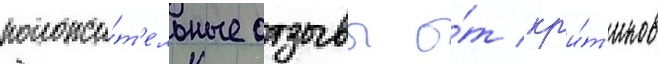
положи́т'ельные отзывы о́т кр'и́т'иков